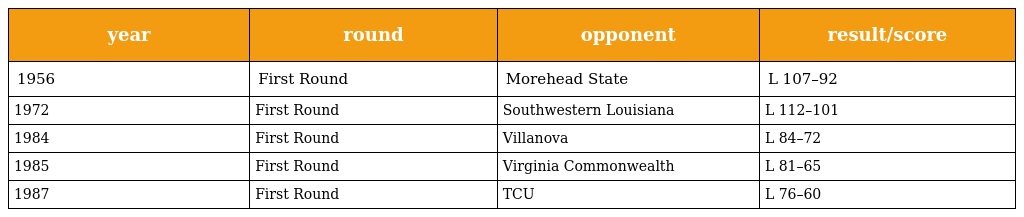
| year | round | opponent | result/score |
 | --- | --- | --- | --- |
 | 1956 | First Round | Morehead State | L 107–92 |
 | 1972 | First Round | Southwestern Louisiana | L 112–101 |
 | 1984 | First Round | Villanova | L 84–72 |
 | 1985 | First Round | Virginia Commonwealth | L 81–65 |
 | 1987 | First Round | TCU | L 76–60 |